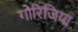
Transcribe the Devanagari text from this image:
गोरिजिया